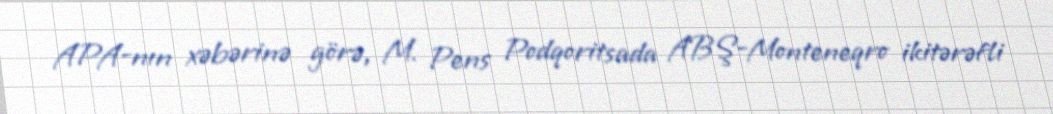
APA-nın xəbərinə görə, M. Pens Podqoritsada ABŞ-Monteneqro ikitərəfli